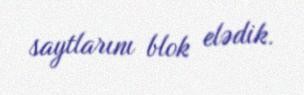
saytlarını blok elədik.